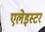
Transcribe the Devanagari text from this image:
एलेइस्टर